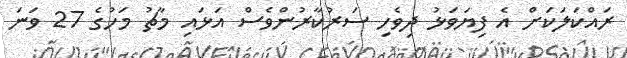
ރައްކަލަކަށް އެ ފިޔަވަޅު ދިވެހި ސަރުކާރުންވެސް އަޅައި މާޗު މަހުގެ 27 ވަނަ